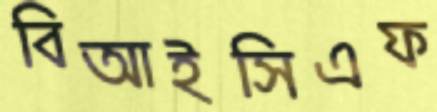
বিআইসিএফ